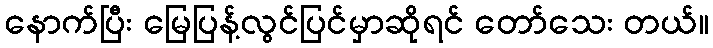
နောက်ပြီး မြေပြန့်လွင်ပြင်မှာဆိုရင် တော်သေး တယ်။